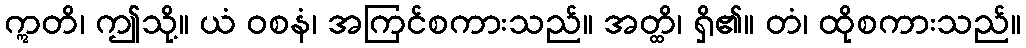
ဣတိ၊ ဤသို့။ ယံ ဝစနံ၊ အကြင်စကားသည်။ အတ္ထိ၊ ရှိ၏။ တံ၊ ထိုစကားသည်။